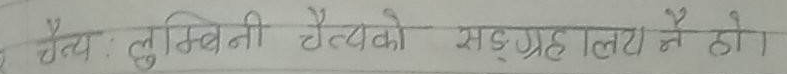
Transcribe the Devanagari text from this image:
चैत्र : लुम्बिनी चैत्यको सङ्ग्रहालय नै हो।